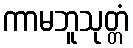
ကာမဘူသုတ္တံ